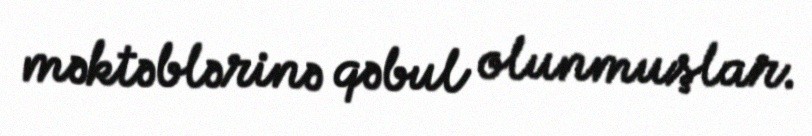
məktəblərinə qəbul olunmuşlar.